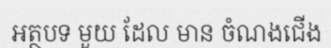
អត្ថបទ មួយ ដែល មាន ចំណងជើង